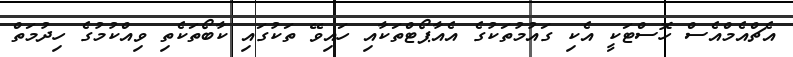
އެޗްއެމްއެސް ހޮސްޓަކީ އެކި ގައުމުތަކުގެ އެއާޕޯޓްތަކާއި ހައިވޭ ތަކުގައި ކާބޯތަކެތި ވިއްކުމުގެ ހިދުމަތް